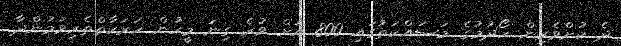
ދެ ކުށްވެރިން ހޯދުމުގެ މަސައްކަތުގައި 800 އަށް ވުރެ ގިނަ މީހުން ހަރަކާތްތެރިވަމުންދާ